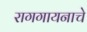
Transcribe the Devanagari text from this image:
रागगायनाचे